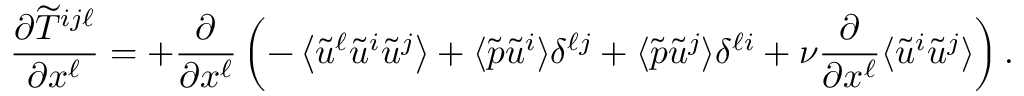
\frac { \partial \widetilde { T } ^ { i j \ell } } { \partial x ^ { \ell } } = + \frac { \partial } { \partial x ^ { \ell } } \left( { - \left\langle { \tilde { u } ^ { \ell } \tilde { u } ^ { i } \tilde { u } ^ { j } } \right\rangle + \langle { \tilde { p } \tilde { u } ^ { i } } \rangle \delta ^ { \ell j } + \langle { \tilde { p } \tilde { u } ^ { j } } \rangle \delta ^ { \ell i } \rule { 0 ex } { 3 ex } + \nu \frac { \partial } { \partial x ^ { \ell } } \langle { \tilde { u } ^ { i } \tilde { u } ^ { j } } \rangle } \right) .